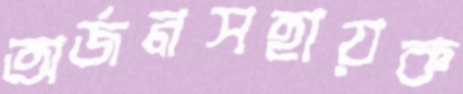
অর্জনসহায়ক